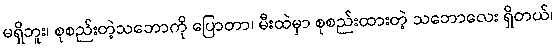
မရှိဘူး၊ စုစည်းတဲ့သဘောကို ပြောတာ၊ မီးထဲမှာ စုစည်းထားတဲ့ သဘောလေး ရှိတယ်၊